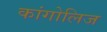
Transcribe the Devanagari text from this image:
कांगोलिज